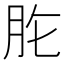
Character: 𦙋